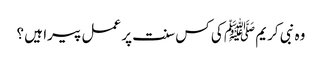
وہ نبی کریم ﷺ کی کس سنت پر عمل پیرا ہیں ؟